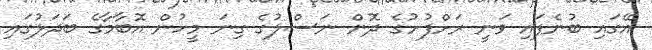
އޭގައި ބުނެފައި ވަނީ ރަށްފުށުގެ ދޮން ނަސްލުގެ ގިނަ މީހުން އޮބާމާގެ ބަދަލުގައި